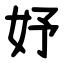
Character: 妤